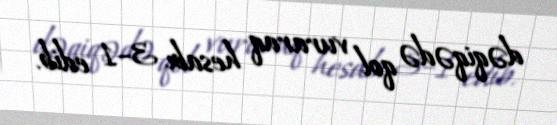
dəqiqədə qol vuraraq hesabı 3–1 edib.